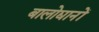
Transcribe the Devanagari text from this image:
बालोद्यानों